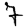
Digit: 7